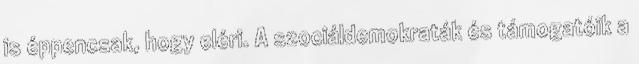
is éppencsak, hogy eléri. A szociáldemokraták és támogatóik a